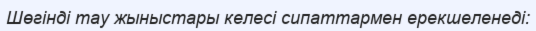
Шөгінді тау жыныстары келесі сипаттармен ерекшеленеді: